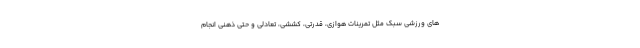
های ورزشی سبک مثل تمرینات هوازی، قدرتی، کششی، تعادلی و حتی ذهنی انجام